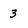
Character: 3